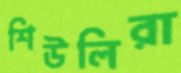
শিউলিরা